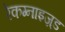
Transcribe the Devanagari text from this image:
रेकग्नाइज़्ड